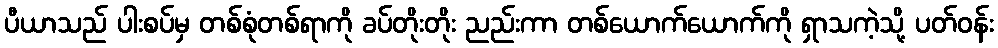
ပီယာသည် ပါးစပ်မှ တစ်စုံတစ်ရာကို ခပ်တိုးတိုး ညည်းကာ တစ်ယောက်ယောက်ကို ရှာသကဲ့သို့ ပတ်ဝန်း